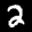
Label: 2